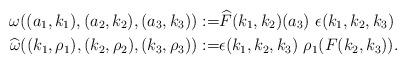
LaTeX: \begin{align*} \omega((a_1,k_1),(a_2,k_2),(a_3,k_3)) := & \widehat{F}(k_1,k_2)(a_3) \ \epsilon(k_1,k_2,k_3)\\ \widehat{\omega}((k_1, \rho_1), (k_2,\rho_2),(k_3 ,\rho_3)) :=& \epsilon(k_1,k_2,k_3) \ \rho_1(F(k_2,k_3)). \end{align*}